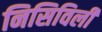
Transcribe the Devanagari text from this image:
निसिविली